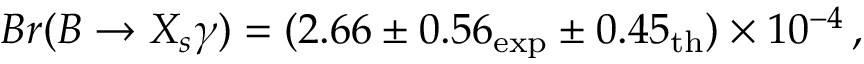
B r ( B \to X _ { s } \gamma ) = ( 2 . 6 6 \pm 0 . 5 6 _ { \mathrm { e x p } } \pm 0 . 4 5 _ { \mathrm { t h } } ) \times 1 0 ^ { - 4 } \, ,